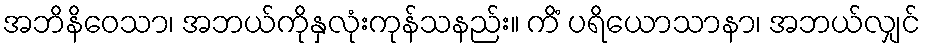
အဘိနိဝေသာ၊ အဘယ်ကိုနှလုံးကုန်သနည်း။ ကိံ ပရိယောသာနာ၊ အဘယ်လျှင်